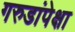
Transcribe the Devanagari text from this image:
गरुडांपेक्षा